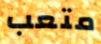
متعب